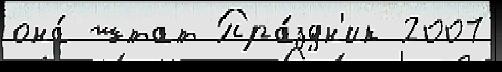
она́ штат Пра́здн'ик 2007